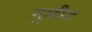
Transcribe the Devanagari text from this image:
मुव्हीज